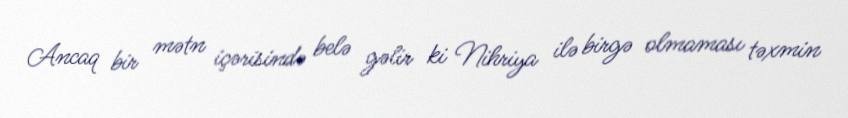
Ancaq bir mətn içərisində belə gəlir ki Nihriya ilə birgə olmaması təxmin